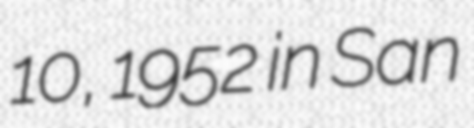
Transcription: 10, 1952 in San